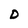
Character: D